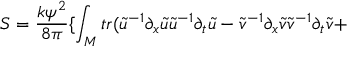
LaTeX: S = \frac { k \psi ^ { 2 } } { 8 \pi } \{ \int _ { \cal M } t r ( \tilde { u } ^ { - 1 } \partial _ { x } \tilde { u } \tilde { u } ^ { - 1 } \partial _ { t } \tilde { u } - \tilde { v } ^ { - 1 } \partial _ { x } \tilde { v } \tilde { v } ^ { - 1 } \partial _ { t } \tilde { v } +